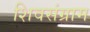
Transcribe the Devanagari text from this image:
शिवसंग्राम